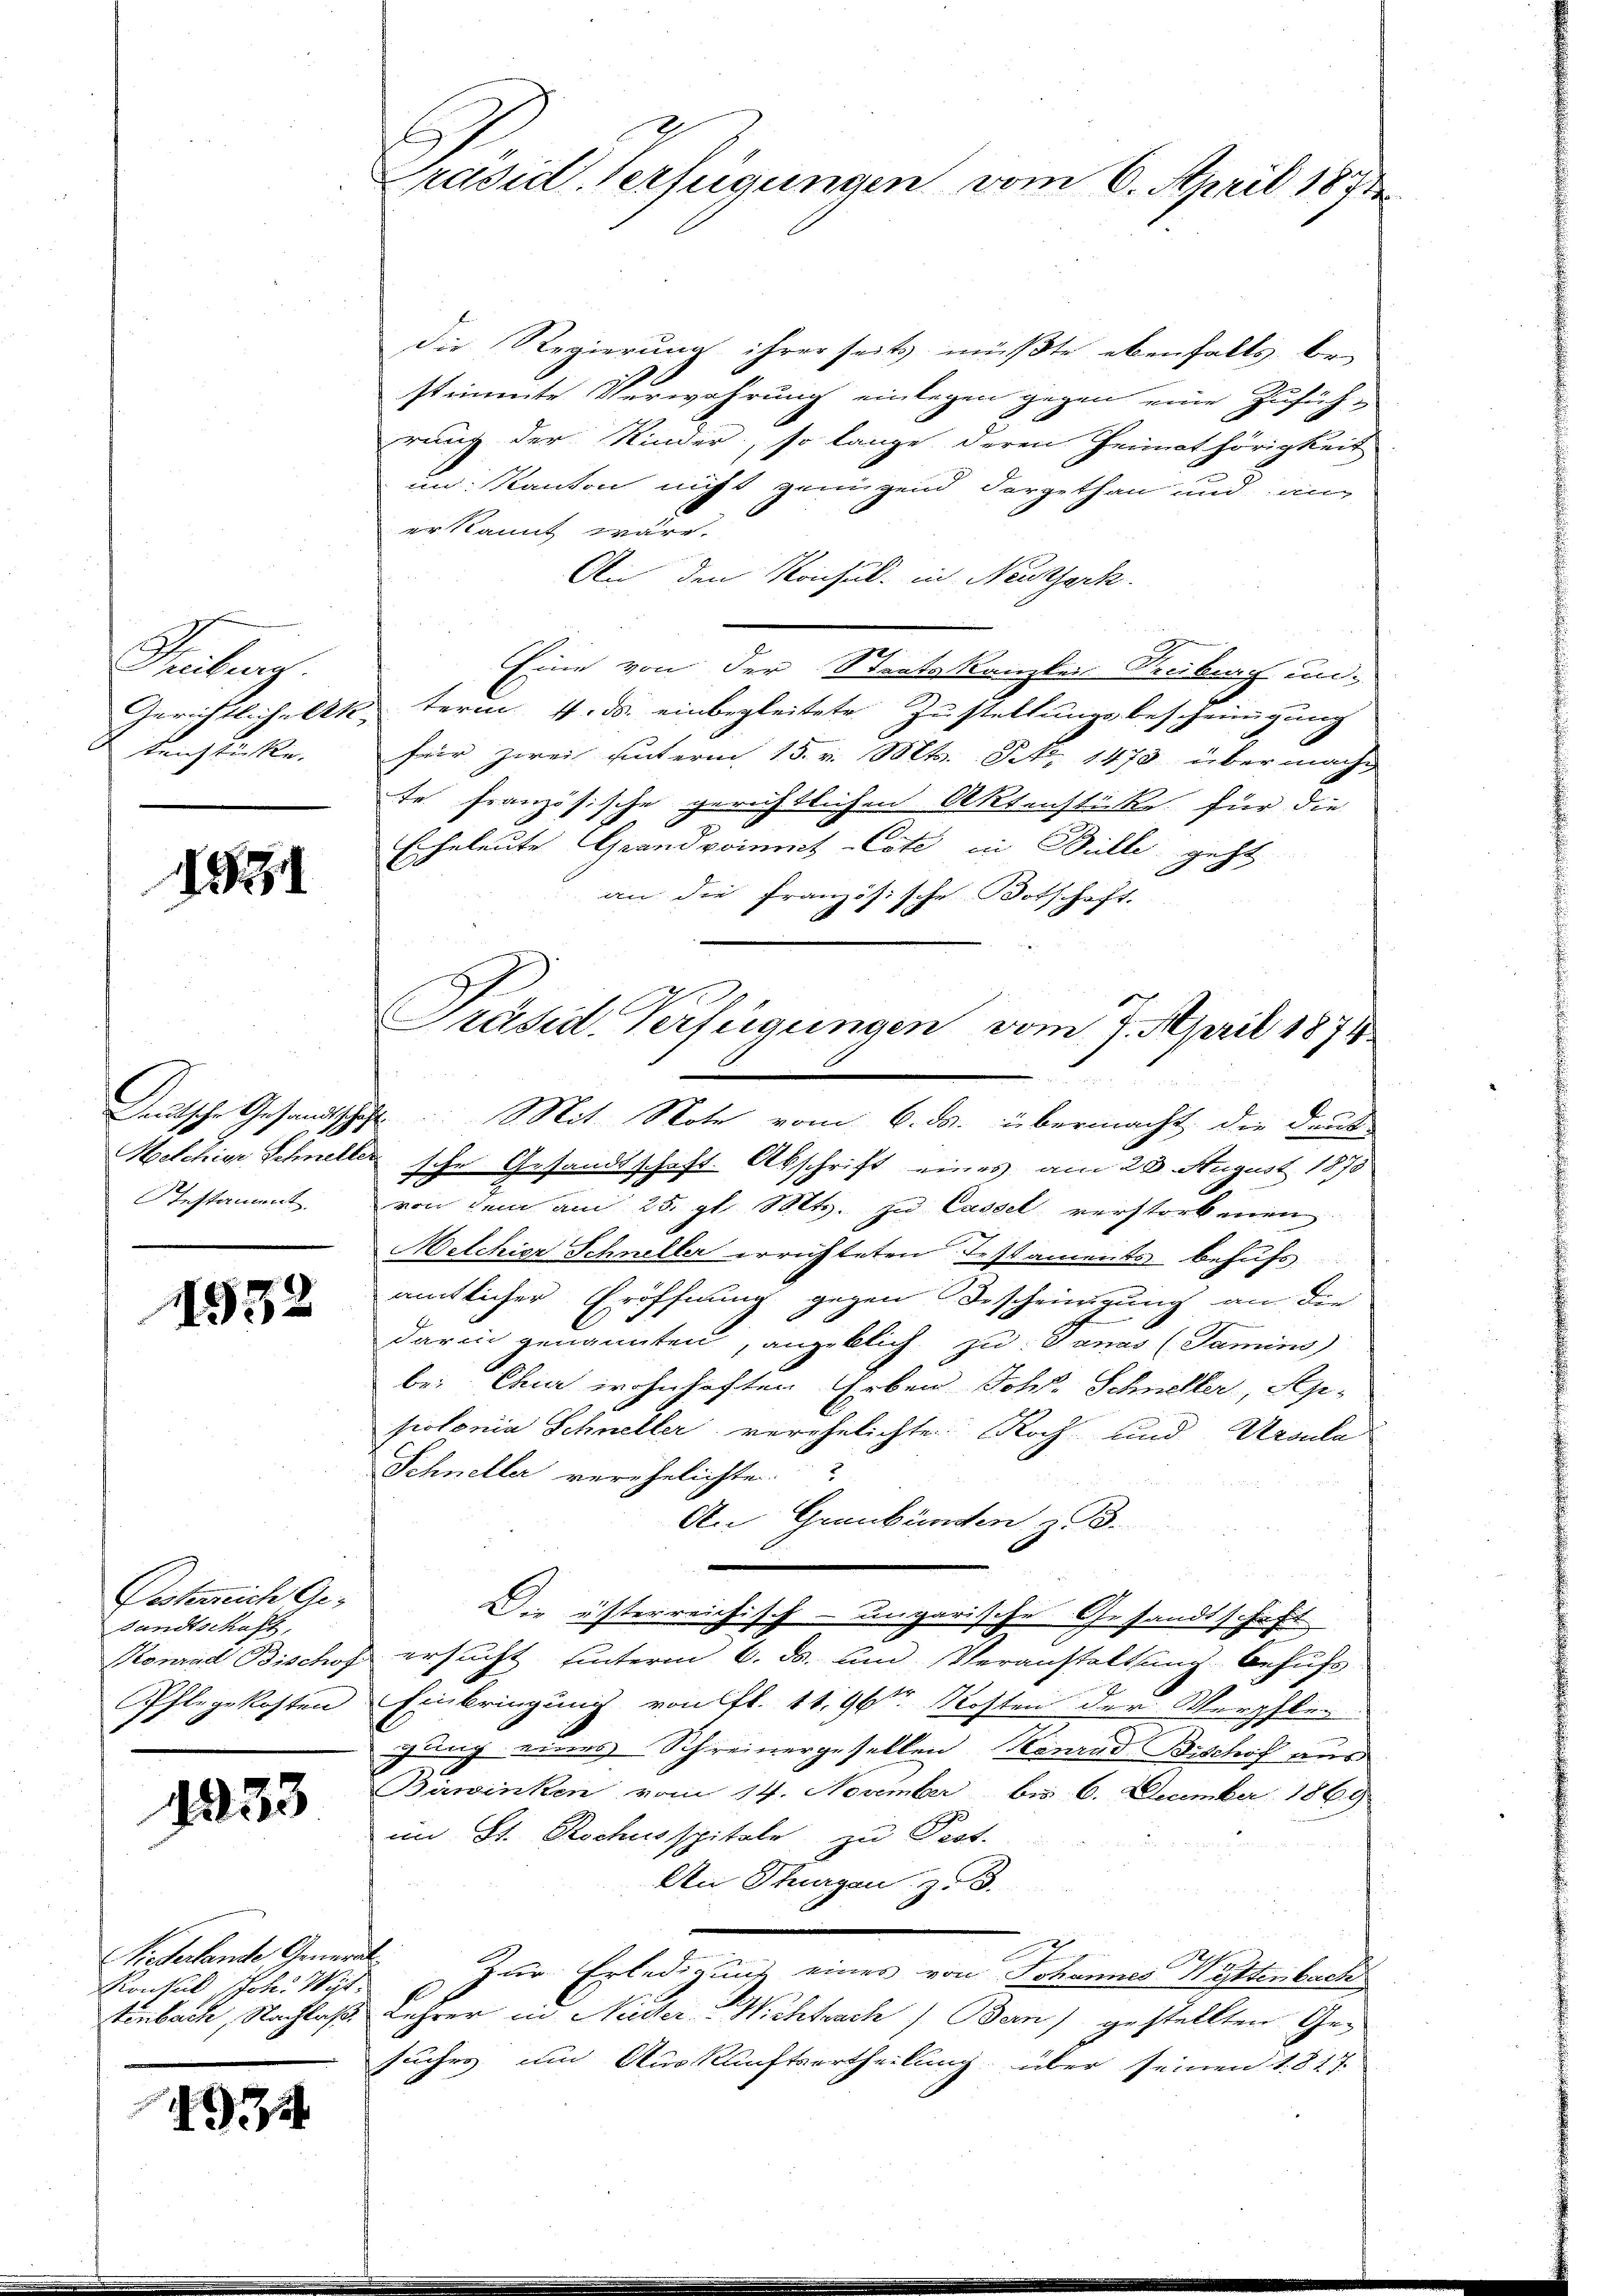
Tauberg.
Gerichtliche let
kenstücke.

1981

Deutsche Gesandtische
Melchige Schnelle
Pestament

1932

Desterreich Gesandtschaft,
Konrad Bischof
Pflegekosten

1253

Niederlande General
Konsul Joh. Wit
tenbach, Nachlaß

4

Präsid. Verfügungen vom 6. April 1871

Die Regierung ihrer seits müßte ebenfalls be-
stimmte Verwahrung einlegen gegen eine Zuführung der Kinder, so lange deren Heimathörigkeit
un Kanton nicht genügend dargethan und auc
er kannt wäre.
An den Konsul in Neuthack
Eine von der Staatskanzlei Reuburch un¬
 term 4. ds. einbegleitete Zustellungsbescheinigung
für zwei unterm 15. v. Mts. Frk. 1479 übermacht
te französische gerichtlichen Aktenstücke für die
Eheleute Grandvoinmet-Cote in Bille geht
an die französische Botschaft.
usche Gesandtschaft. Abschrift eines am 20. August 1875
von dem am 25. gl. Mts. zu Cassel verstorbenen
Melchior Schneller errichteten Testaments behufs
amtlicher Eröffnung gegen Bescheinung an die
darin genannten, angeklich zu Tanas (Jamins)
bei Chur wohnhaften Erben Johs. Schneller, Seppolonia Schneller verehelichte Koch und Uranla
Schneller verehelichte.
An Graubünden z.
Die österreichisch-ungarische Gesandtschaft
ersucht hinterm 6. ds. und Veranstaltung behufs
Einbringung von fl. 11,96te Kosten der Verpflen
gung eines Schreinergesellen Konrad Bischof aus
Birwinken vom 14. November bis 6. December 1869
im St. Rochusspitale zu Pest.
An Thurgau, z. B.
Zur Erledigung eines von Johannes Wittenbach
Lehrer in Nudler Wichtrach) Ban) gestellten Gesuches um Auskunftsertheilung über seinen 1817.

Präsid. Verfügungen vom 7. April 1871
2. Mit Note vom 6. ds. übermacht, die Deut